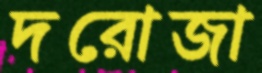
দরোজা